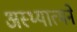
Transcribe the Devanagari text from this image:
अस्थ्यात्मने